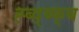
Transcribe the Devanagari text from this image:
ह्ब्द्ब्फ्ब